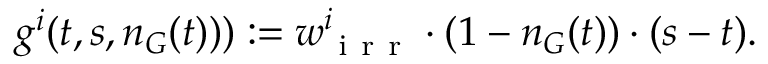
g ^ { i } ( t , s , n _ { G } ( t ) ) ) : = w _ { \mathrm { ~ i ~ r ~ r ~ } } ^ { i } \cdot ( 1 - n _ { G } ( t ) ) \cdot ( s - t ) .